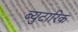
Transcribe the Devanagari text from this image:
ब्युटारिक